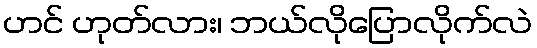
ဟင် ဟုတ်လား၊ ဘယ်လိုပြောလိုက်လဲ